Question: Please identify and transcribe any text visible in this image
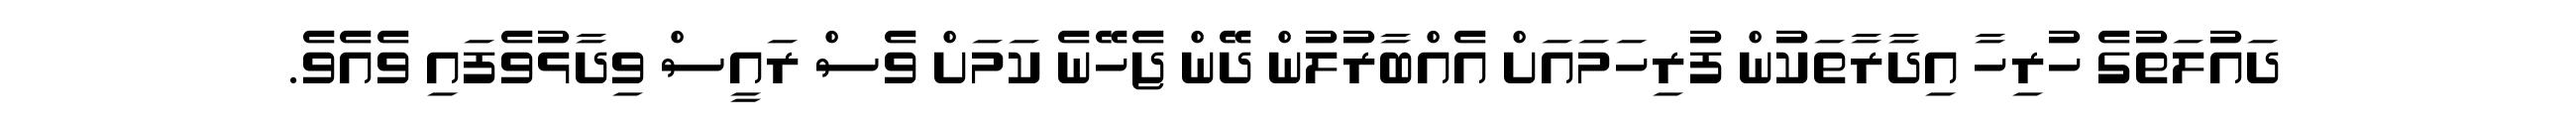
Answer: ދައުލަތުގެ ހުރިހާ އިދާރާތަކުން ފުރިހަމައަށް އެއްބާރުލުން ދޭން ޖެހޭނެ ކަމަށް ވެސް ރައީސް ވިދާޅުވެފައި ވެއެވެ.